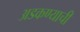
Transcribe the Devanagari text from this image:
अडकण्याची